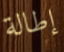
إطالة